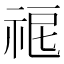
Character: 𥙤